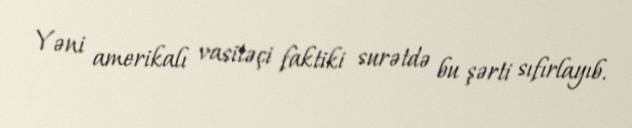
Yəni amerikalı vasitəçi faktiki surətdə bu şərti sıfırlayıb.